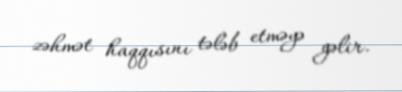
zəhmət haqqısını tələb etməyə gəlir.